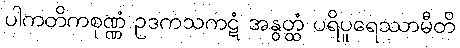
ပါကတိကစုဏ္ဏံ ဥဒကသကဋံ အနွတ္ထံ ပရိပူရေဿာမီတိ